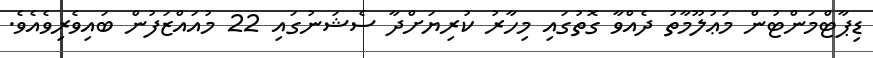
ޑިޕާޓްމަންޓުން މަޢުލޫމާތު ދެއްވާ ގޮތުގައި މިހާރު ކުރިޔަށްދާ ސެޝަނުގައި 22 މުއައްޒަފުން ބައިވެރިވެއެވެ.